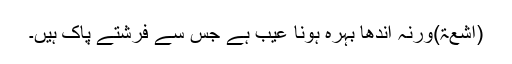
(اشعۃ)ورنہ اندھا بہرہ ہونا عیب ہے جس سے فرشتے پاک ہیں۔